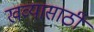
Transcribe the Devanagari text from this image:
खव्यासाठी